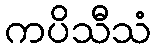
ကပိသီသံ